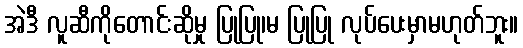
အဲဒီ လူဆီကိုတောင်းဆိုမှု ပြုပြု၊မ ပြုပြု လုပ်ပေးမှာမဟုတ်ဘူး။